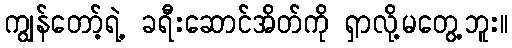
ကျွန်တော့်ရဲ့ ခရီးဆောင်အိတ်ကို ရှာလို့မတွေ့ဘူး။